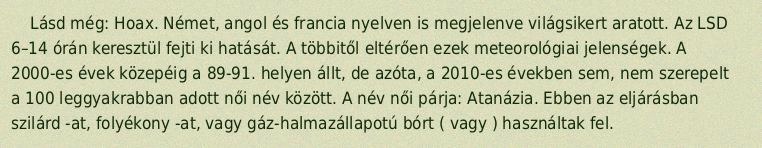
Lásd még: Hoax. Német, angol és francia nyelven is megjelenve világsikert aratott. Az LSD 6–14 órán keresztül fejti ki hatását. A többitől eltérően ezek meteorológiai jelenségek. A 2000-es évek közepéig a 89-91. helyen állt, de azóta, a 2010-es években sem, nem szerepelt a 100 leggyakrabban adott női név között. A név női párja: Atanázia. Ebben az eljárásban szilárd -at, folyékony -at, vagy gáz-halmazállapotú bórt ( vagy ) használtak fel.